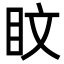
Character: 盿